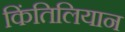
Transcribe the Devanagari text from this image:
किंतिलियान